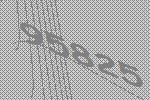
95825